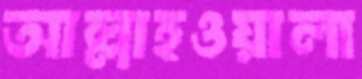
আল্লাহওয়ালা